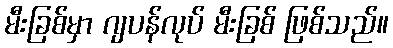
မီးခြစ်မှာ ဂျပန်လုပ် မီးခြစ် ဖြစ်သည်။